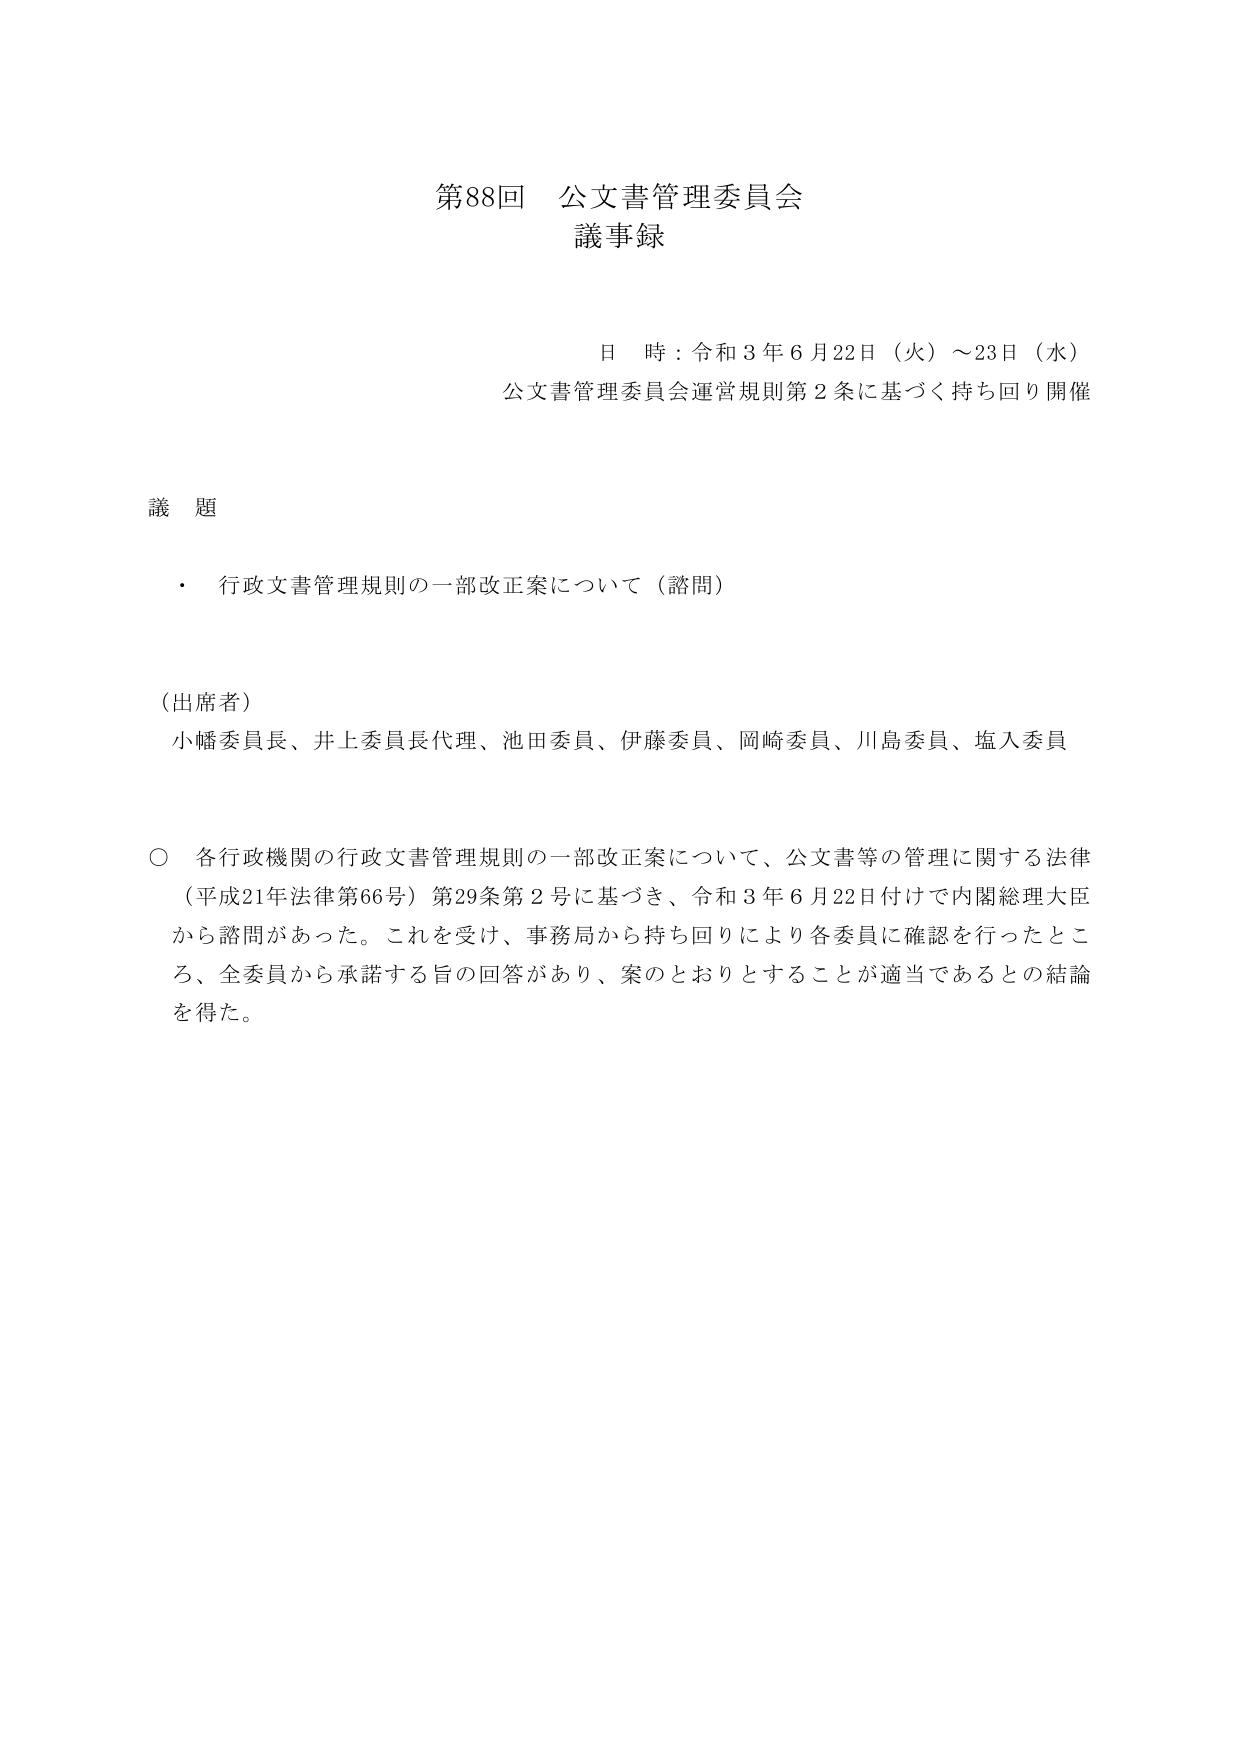
第88回 公文書管理委員会
議事録

日 時：令和３年６月22日（火）～23日（水）
公文書管理委員会運営規則第２条に基づく持ち回り開催

議 題
・ 行政文書管理規則の一部改正案について（諮問）

（出席者）
小幡委員長、井上委員長代理、池田委員、伊藤委員、岡崎委員、川島委員、塩入委員

○ 各行政機関の行政文書管理規則の一部改正案について、公文書等の管理に関する法律（平成21年法律第66号）第29条第２号に基づき、令和３年６月22日付けで内閣総理大臣から諮問があった。これを受けて、事務局から持ち回りにより各委員に確認を行ったところ、全委員から承諾する旨の回答があり、案のとおりとすることが適当であるとの結論を得た。